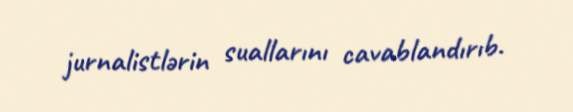
jurnalistlərin suallarını cavablandırıb.